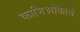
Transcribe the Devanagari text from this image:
काजिओकाचे